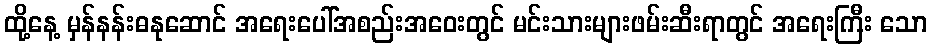
ထို့နေ့ မှန်နန်းဓနုဆောင် အရေးပေါ်အစည်းအဝေးတွင် မင်းသားများဖမ်းဆီးရာတွင် အရေးကြီး သော